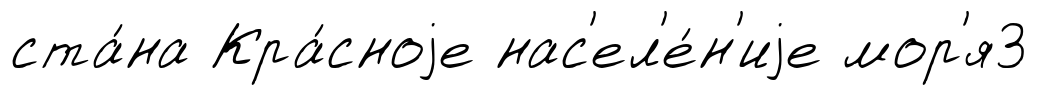
ста́на Кра́сноjе нас'ел'е́н'иjе мор'я3